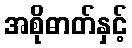
အစိုဓာတ်နှင့်